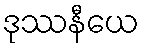
ဒုဿနီယေ